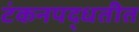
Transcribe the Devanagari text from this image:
टंकनपद्धतीत